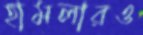
হামলারও